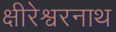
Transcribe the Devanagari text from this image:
क्षीरेश्वरनाथ